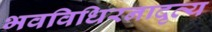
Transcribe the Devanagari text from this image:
भवविधिरनादृत्य